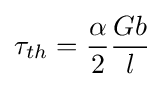
\tau _{th}={\frac {\alpha }{2}}{\frac {Gb}{l}}